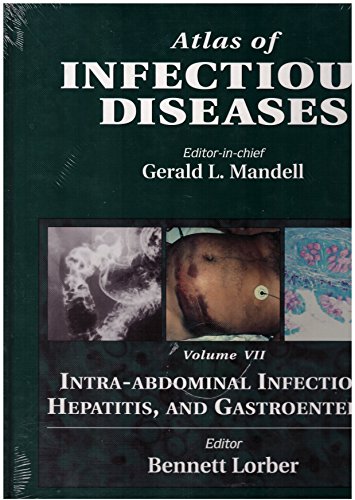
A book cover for Atlas of Infectious Diseases Volume 7: Intra-abdominal Infections, Hepatitis and Gastroenteritis, 1e; Health, Fitness & Dieting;